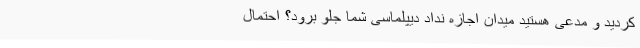
کردید و مدعی هستید میدان اجازه نداد دیپلماسی شما جلو برود؟ احتمال